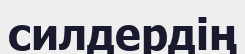
силдердің